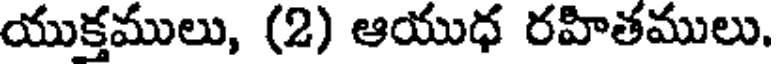
యుక్తములు, (2) ఆయుధ రహితములు.